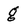
Character: g